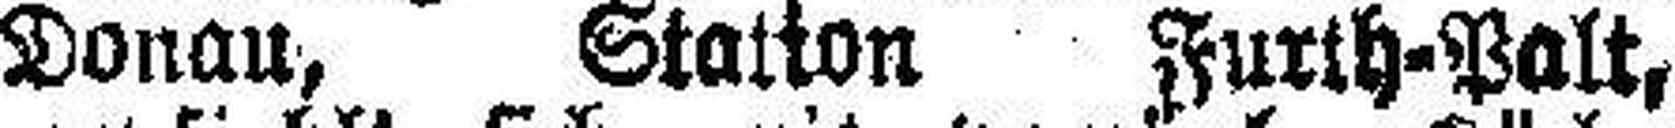
Donau, Station Furth-Palt,